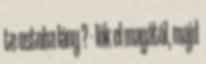
te ostoba lány ? - lök el magától, majd